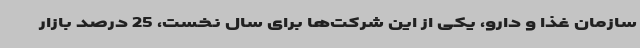
سازمان غذا و دارو، یکی از این شرکت‌ها برای سال نخست، 25 درصد بازار